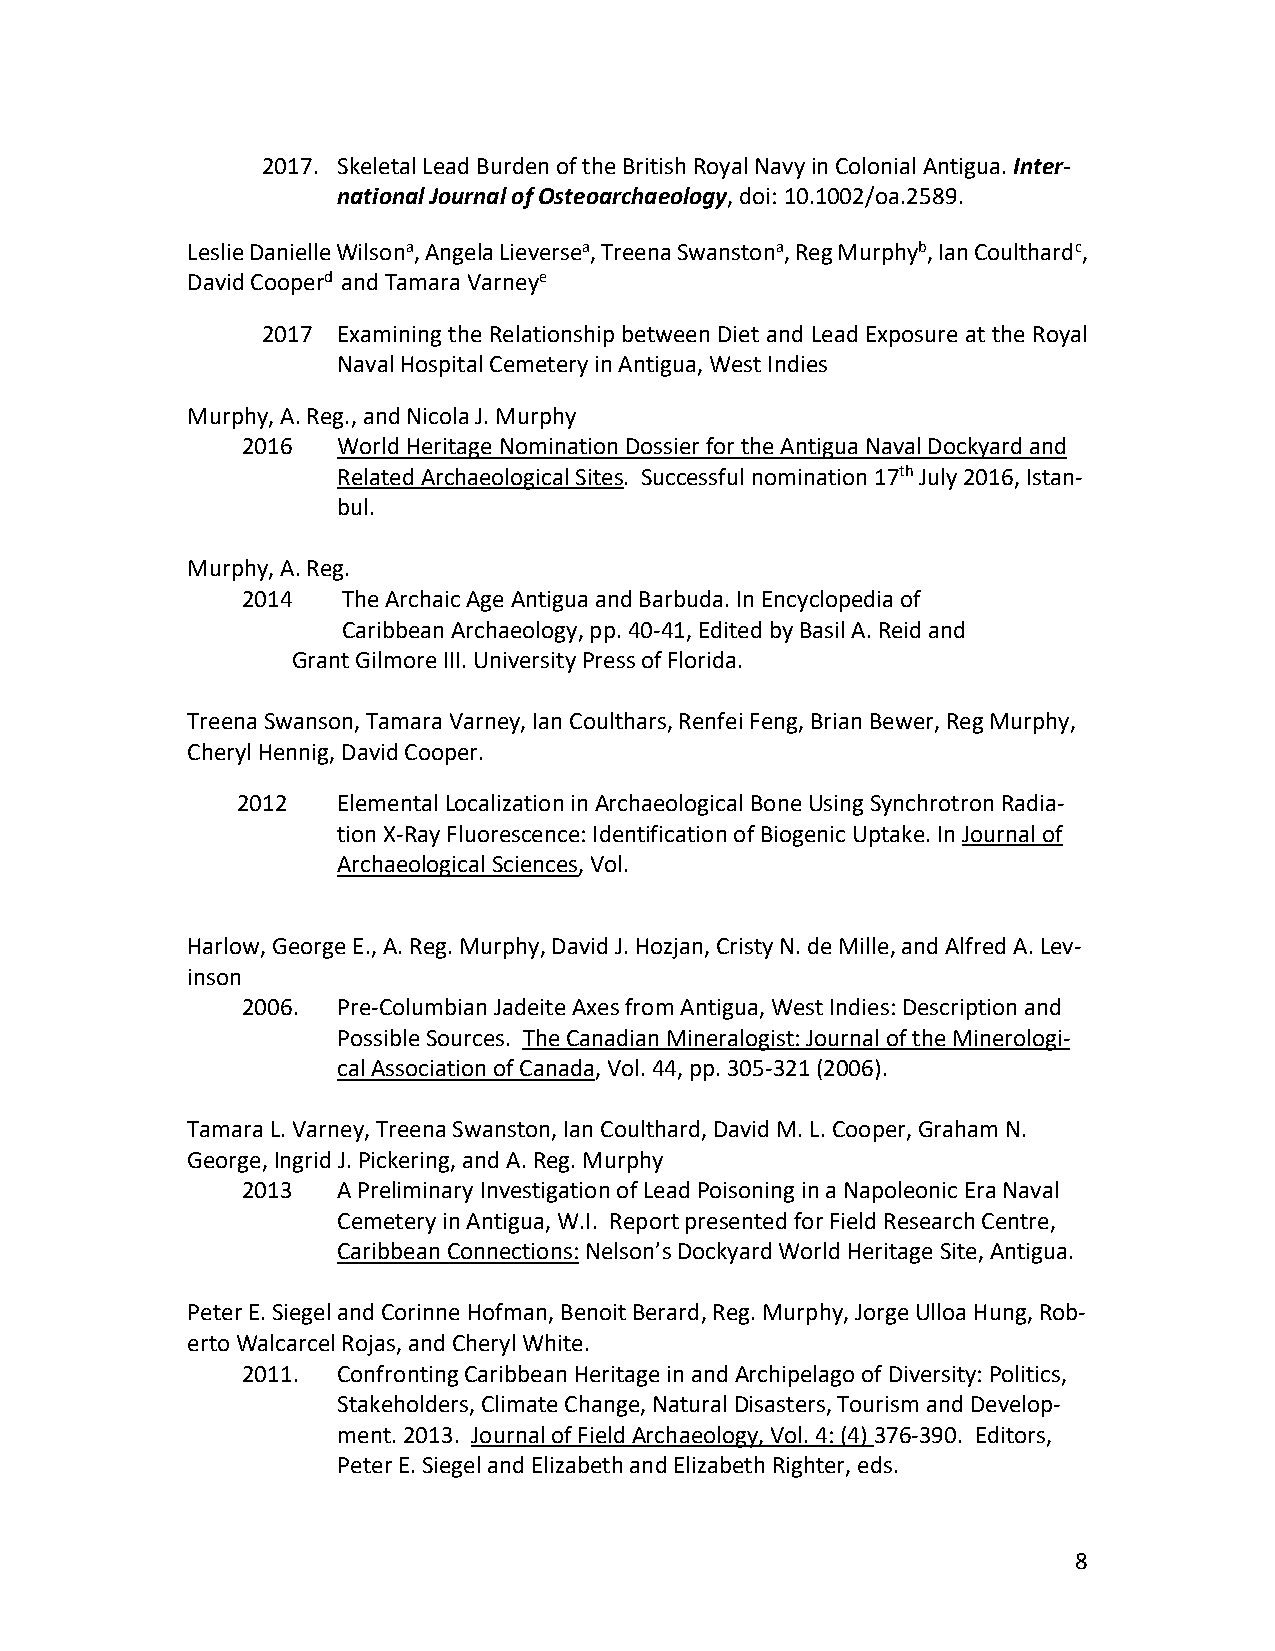
2017. Skeletal Lead Burden of the British Royal Navy in Colonial Antigua. Inter-
 national Journal of Osteoarchaeology, doi: 10.1002/oa.2589.
 Leslie Danielle Wilsona, Angela Lieversea, Treena Swanstona, Reg Murphyb, Ian Coulthardc,
 David Cooperd and Tamara Varneye
 2017 Examining the Relationship between Diet and Lead Exposure at the Royal
 Naval Hospital Cemetery in Antigua, West Indies
 Murphy, A. Reg., and Nicola J. Murphy
 2016  World Heritage Nomination Dossier for the Antigua Naval Dockyard and
 Related Archaeological Sites. Successful nomination 17th July 2016, Istan-
 bul.
 Murphy, A. Reg.
 2014   The Archaic Age Antigua and Barbuda. In Encyclopedia of
 Caribbean Archaeology, pp. 40-41, Edited by Basil A. Reid and
 Grant Gilmore III. University Press of Florida.
 Treena Swanson, Tamara Varney, Ian Coulthars, Renfei Feng, Brian Bewer, Reg Murphy,
 Cheryl Hennig, David Cooper.
 2012  Elemental Localization in Archaeological Bone Using Synchrotron Radia-
 tion X-Ray Fluorescence: Identification of Biogenic Uptake. In Journal of
 Archaeological Sciences, Vol.
 Harlow, George E., A. Reg. Murphy, David J. Hozjan, Cristy N. de Mille, and Alfred A. Lev-
 inson
 2006. Pre-Columbian Jadeite Axes from Antigua, West Indies: Description and
 Possible Sources. The Canadian Mineralogist: Journal of the Minerologi-
 cal Association of Canada, Vol. 44, pp. 305-321 (2006).
 Tamara L. Varney, Treena Swanston, Ian Coulthard, David M. L. Cooper, Graham N.
 George, Ingrid J. Pickering, and A. Reg. Murphy
 2013  A Preliminary Investigation of Lead Poisoning in a Napoleonic Era Naval
 Cemetery in Antigua, W.I. Report presented for Field Research Centre,
 Caribbean Connections: Nelson’s Dockyard World Heritage Site, Antigua.
 Peter E. Siegel and Corinne Hofman, Benoit Berard, Reg. Murphy, Jorge Ulloa Hung, Rob-
 erto Walcarcel Rojas, and Cheryl White.
 2011. Confronting Caribbean Heritage in and Archipelago of Diversity: Politics,
 Stakeholders, Climate Change, Natural Disasters, Tourism and Develop-
 ment. 2013. Journal of Field Archaeology, Vol. 4: (4) 376-390. Editors,
 Peter E. Siegel and Elizabeth and Elizabeth Righter, eds.
 8